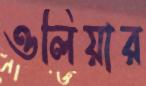
ওলিয়ার